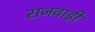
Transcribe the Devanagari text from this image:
राजवाड़ी